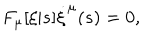
LaTeX: F _ { \mu } [ \xi | s ] \dot { \xi } ^ { \mu } ( s ) = 0 ,